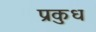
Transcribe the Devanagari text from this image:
प्रकुध